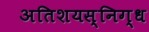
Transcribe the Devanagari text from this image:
अतिशयस्निग्ध